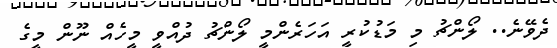
ދެވޭނެ.. ލޯންޗު މި މަޑުކުރީ އަހަރެންމީ ލޯންޗު ދުއްވީ މީހެއް ނޫން މީގެ